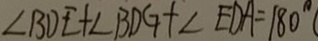
\angle B D E + \angle B D G + \angle E O A = 1 8 0 ^ { \circ }